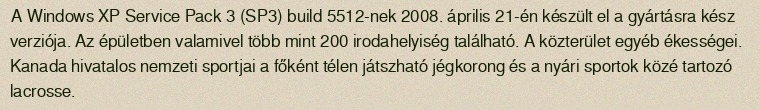
A Windows XP Service Pack 3 (SP3) build 5512-nek 2008. április 21-én készült el a gyártásra kész verziója. Az épületben valamivel több mint 200 irodahelyiség található. A közterület egyéb ékességei. Kanada hivatalos nemzeti sportjai a főként télen játszható jégkorong és a nyári sportok közé tartozó lacrosse.